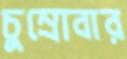
চুম্‌রোবার